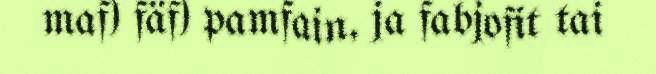
maf) fäf) pamfain, ja fabjofit tai